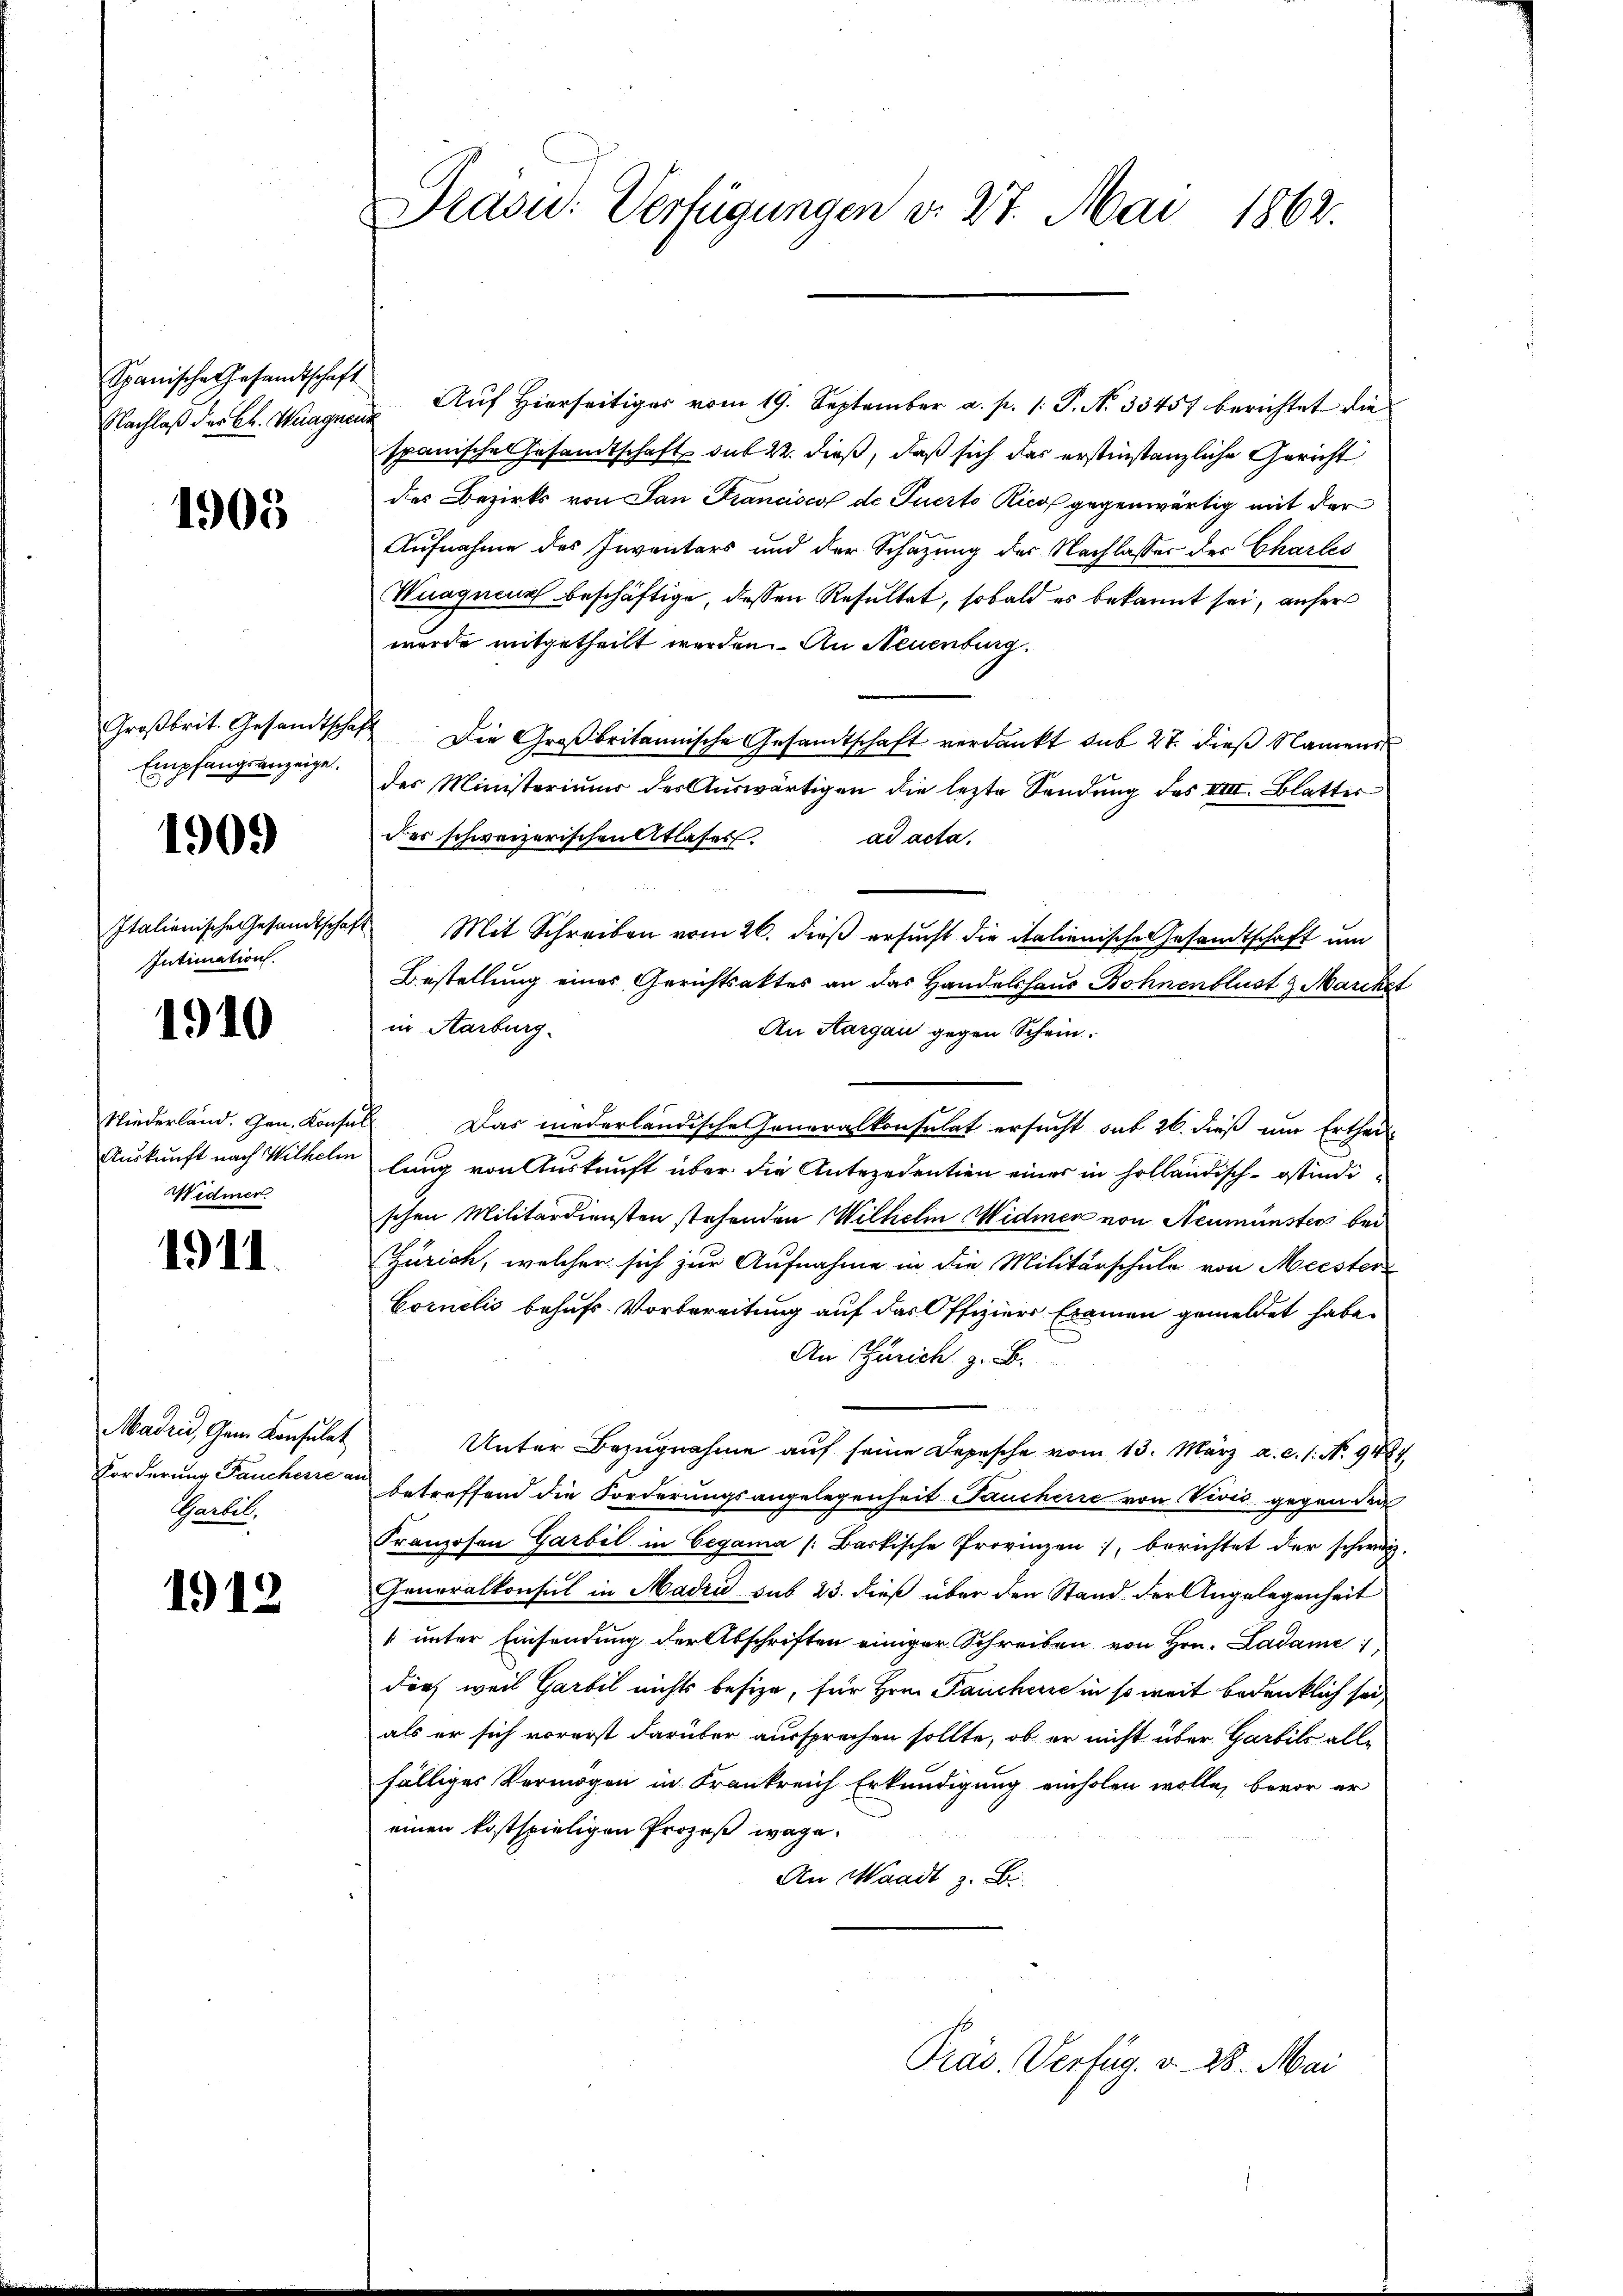
Spanische Gesandtschaft

1905

Empfangsanzeige

190.)

Italienische Gesandtschaf
Intimation

1910

Niederland. Gen. Konsu
Auskunft nach Wilhelm
Widmer.

1911.

Madrid, Gam Konsulat
Garbil.

1912

Präsid. Verfügungen d. 27. Mai 1862.

Nachlaβ der Ch. Wagnen Aŭf Hierseitiger vom 19. September a. p. 1. P. Nr. 33457 berichtet die
spanische Gesandtschaft sub 22. dieß, daß sich das erstinstanzliche Gericht
des Bezirks von San Francisco de Puerto Ricot gegenwärtig mit der
Aufnahme des Inventars und der Schazung der Nachlasser des Charles
Wuaquenz beschäftige, dessen Resultat, sobald es bekannt sei, anher
wurde mitgetheilt werden. An Neuenburg.
e
Großbrit. Gesandtschaft Die Großbritannische Gesandtschaft verdankt sub 27. dieß Namend
des Ministeriums der Auswärtigen die lezte Sendung des VIII. Blatter
der schweizerischen Atlases. ad acta.
 Mit Schreiben vom 26. dieß ersucht die italienische Gesandtschaft um
Bestellung eines Gerichtsaktes an das Handelshaus Bohnenblust Marcket
in Aarburg
An Aargau gegen Schein.
 Das niederländische Generalkonsulat ersucht sub 26. dieß um Ertheil-
lung von Auskunft über die Antezedention einer in holländisch-Ostindischen Militärdiensten stehenden Wilhelm Widmen von Neumünster bei
Zürich, welcher sich zur Aufnahme in die Militärschule von Meister
Cornelis behufs-Vorbereitung auf das Offiziers Examen gemeldet habe.
An Zürich z. B.
Unter Bezugnahme auf seine Depesche vom 13. März a. c. 1. No. 9484
Forderung Pauchene an betreffend die Forderungsangelegenheit Jaucherie von Vivić gegen den
Franzosen Garbil in Cegama (Barkische Provinzen :/ berichtet der schweiz.
Generalkonsul in Madri sub 23. dieß über den Stand der Angelegenheit
 unter Einsendung der Abschriften einiger Schreiben von Hrn. Ladame,
doch weil Garbel nichts besize, für Hrn. Pauchere in so weit bedenklich sei,
als er sich vorerst darüber aussprechen sollte, ob er nicht über Garbils alle
fälliges Vermögen in Krankreich Erkundigung einholen wolle, bevor er
einen kostspieligen Prozeß wage.
An Waadt z. B.
Präs. Verfug. v. 28. Mai